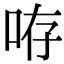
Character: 𠱜